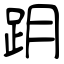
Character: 跀